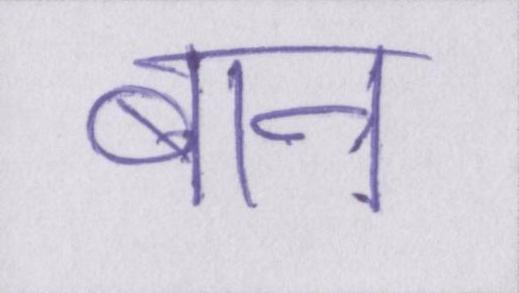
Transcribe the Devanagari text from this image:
बान